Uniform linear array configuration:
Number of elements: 16
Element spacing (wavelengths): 0.25
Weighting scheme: cosine
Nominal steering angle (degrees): -60
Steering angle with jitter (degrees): -58.048
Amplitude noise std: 0.05
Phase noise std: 0.05

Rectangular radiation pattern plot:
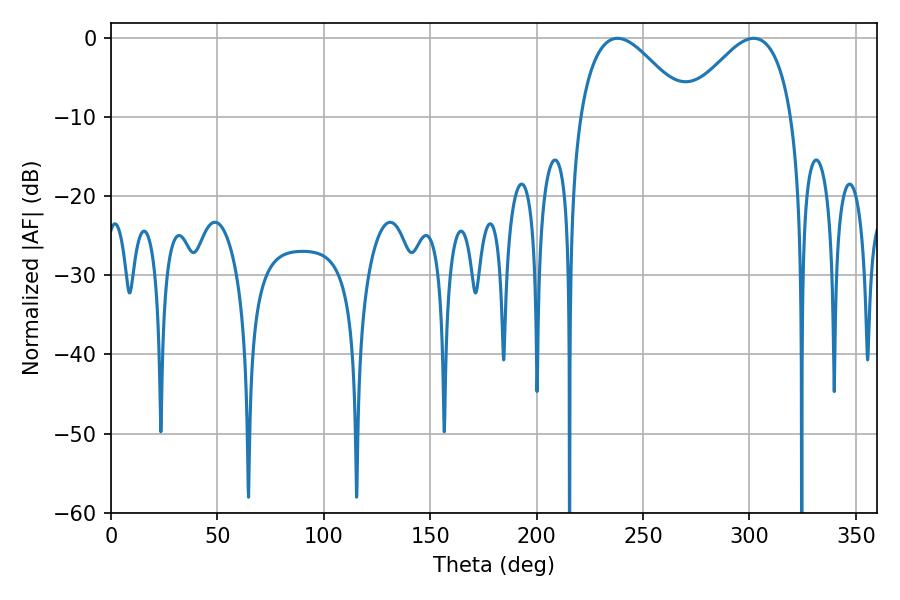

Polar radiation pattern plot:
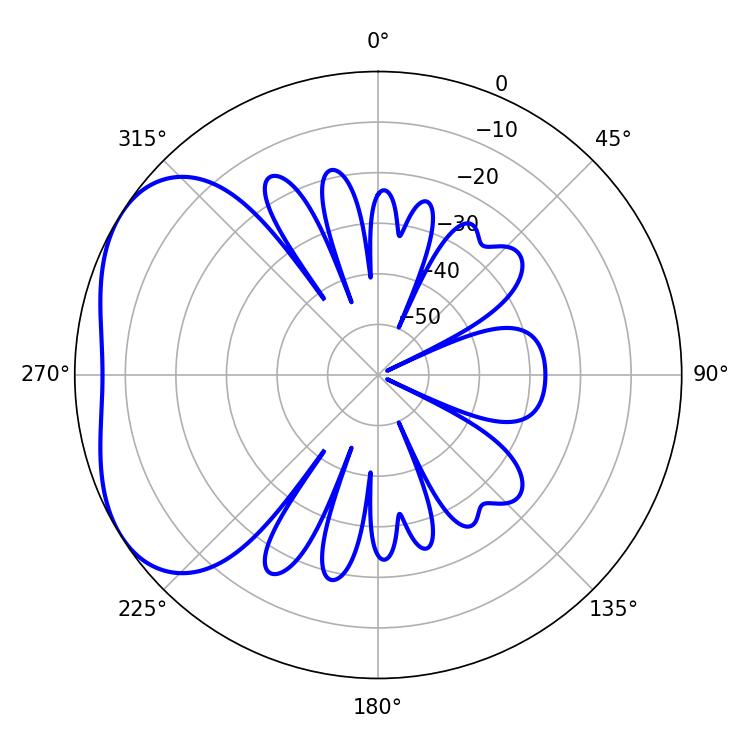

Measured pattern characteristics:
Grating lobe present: FALSE
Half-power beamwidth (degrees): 27.36
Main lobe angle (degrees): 237.96